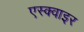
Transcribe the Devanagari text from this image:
एस्क्वाइर